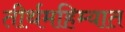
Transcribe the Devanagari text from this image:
तीर्थमहिम्यात